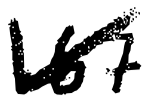
Text: 167
Cross-out: mix
Writing tool: digital_black